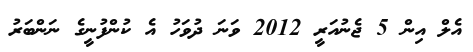
އެލް އިން 5 ޖެނުއަރީ 2012 ވަނަ ދުވަހު އެ ކުންފުނީގެ ނަންބަރު